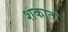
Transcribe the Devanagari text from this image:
शकातो